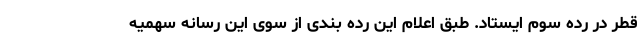
قطر در رده سوم ایستاد. طبق اعلام این رده بندی از سوی این رسانه سهمیه